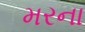
મરના